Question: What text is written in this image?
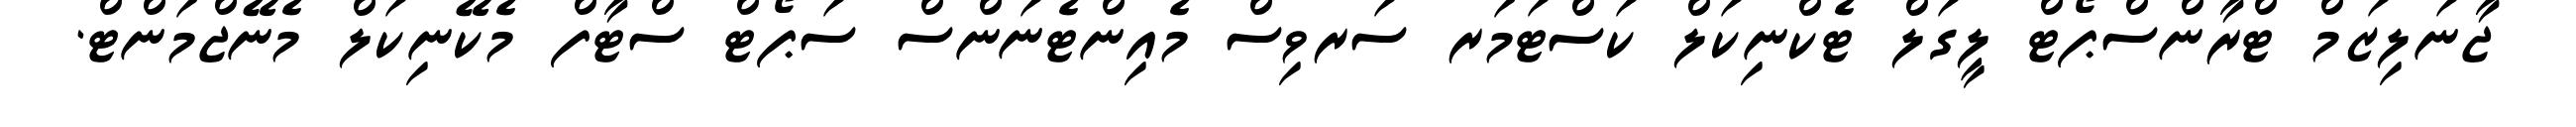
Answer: ޖާނަލިޒަމް ޓްރާންސްޕޯޓް ލީގަލް ޓެކްނިކަލް ކަސްޓަމަރ ސަރވިސް މެއިންޓެނަންސް ސަޕޯޓް ސްޓާފް މެކޭނިކަލް މެނޭޖްމަންޓް.